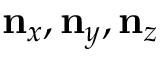
\mathbf { n } _ { x } , \mathbf { n } _ { y } , \mathbf { n } _ { z }